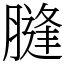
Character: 膖